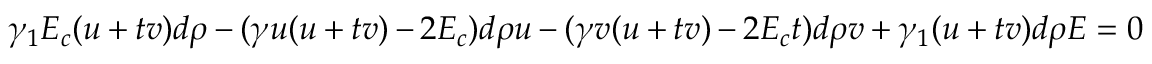
\gamma _ { 1 } E _ { c } ( u + t v ) d \rho - ( \gamma u ( u + t v ) - 2 E _ { c } ) d \rho u - ( \gamma v ( u + t v ) - 2 E _ { c } t ) d \rho v + \gamma _ { 1 } ( u + t v ) d \rho E = 0